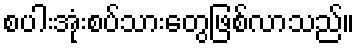
စပါးအုံးစပ်သားတွေဖြစ်လာသည်။